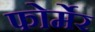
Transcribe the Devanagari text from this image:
फोर्मेर